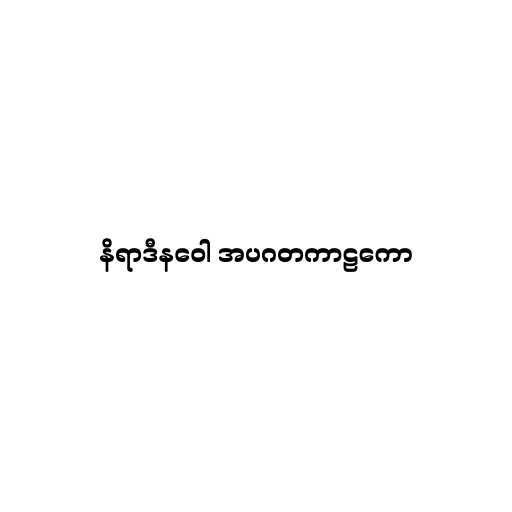
နိရာဒီနဝေါ အပဂတကာဠကော